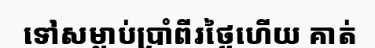
ទៅសម្លាប់ប្រាំពីរថ្ងៃហើយ គាត់